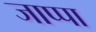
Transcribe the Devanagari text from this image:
जाप्पा